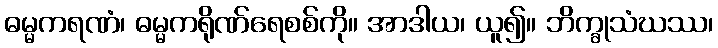
ဓမ္မကရဏံ၊ ဓမ္မကရိုဏ်ရေစစ်ကို။ အာဒါယ၊ ယူ၍။ ဘိက္ခုသံဃဿ၊